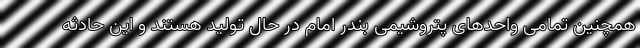
همچنین تمامی واحدهای پتروشیمی بندر امام در حال تولید هستند و این حادثه